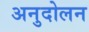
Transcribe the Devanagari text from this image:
अनुदोलन